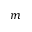
m